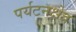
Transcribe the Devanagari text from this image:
पर्यटनक्षेत्र